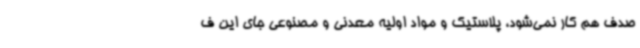
صدف هم کار نمی‌شود، پلاستیک و مواد اولیه معدنی و مصنوعی جای این ف